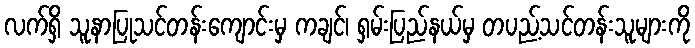
လက်ရှိ သူနာပြုသင်တန်းကျောင်းမှ ကချင်၊ ရှမ်းပြည်နယ်မှ တပည့်သင်တန်းသူများကို